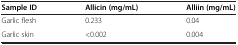
| Sample ID | Allicin (mg/mL) | Alliin (mg/mL) |
 | --- | --- | --- |
 | Garlic flesh | 0.233 | 0.04 |
 | Garlic skin | <0.002 | 0.004 |